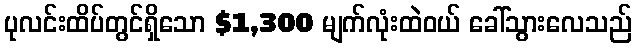
ပုလင်းထိပ်တွင်ရှိသော $1,300 မျက်လုံးထဲဝယ် ခေါ်သွားလေသည်